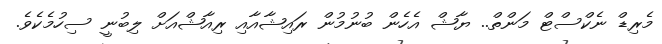
މެރިޑް ނެކްސްޓް މަންތް.. ޔާޝް އެހެން ބުނުމުން ރައިޝާއާއި ރިއާޝްއަށް ލިބުނީ ސިހުމެކެވެ.